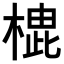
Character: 𪳡